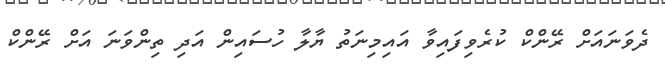
ދެވަނައަށް ރޭންކް ކުރެވިފައިވާ އައިމިނަތު ޔާލާ ހުސައިން އަދި ތިންވަނަ އަށް ރޭންކް